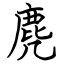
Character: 麂